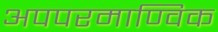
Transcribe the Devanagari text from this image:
अपपरमाण्विक